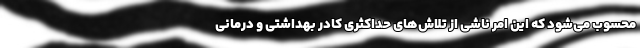
محسوب می‌شود که این امر ناشی از تلاش‌های حداکثری کادر بهداشتی و درمانی